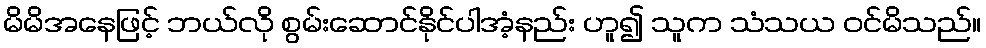
မိမိအနေဖြင့် ဘယ်လို စွမ်းဆောင်နိုင်ပါအံ့နည်း ဟူ၍ သူက သံသယ ဝင်မိသည်။